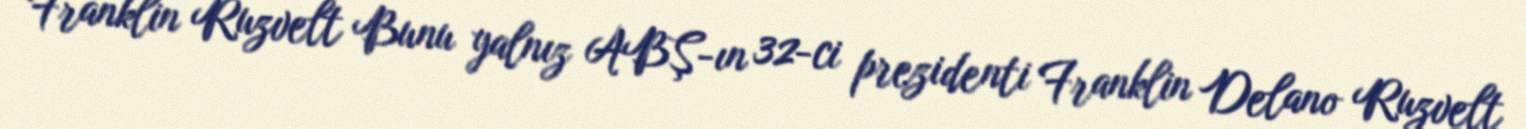
Franklin Ruzvelt Bunu yalnız ABŞ-ın 32-ci prezidenti Franklin Delano Ruzvelt